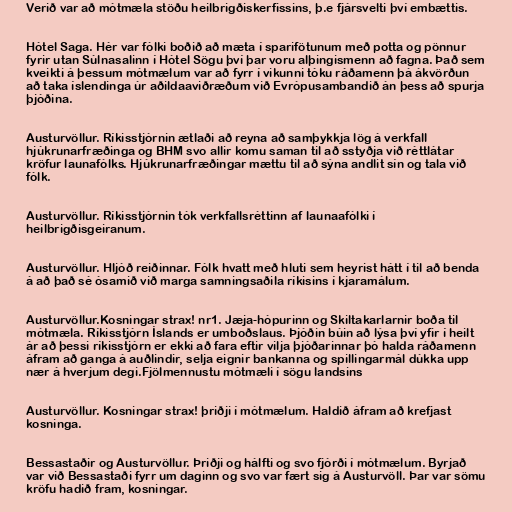
Verið var að mótmæla stöðu heilbrigðiskerfissins, þ.e fjársvelti því embættis.

Hótel Saga. Hér var fólki boðið að mæta í sparifötunum með potta og pönnur
fyrir utan Súlnasalinn í Hótel Sögu því þar voru alþingismenn að fagna. Það sem
kveikti á þessum mótmælum var að fyrr í vikunni tóku ráðamenn þá ákvörðun
að taka íslendinga úr aðildaaviðræðum við Evrópusambandið án þess að spurja
þjóðina.

Austurvöllur. Ríkisstjórnin ætlaði að reyna að samþykkja lög á verkfall
hjúkrunarfræðinga og BHM svo allir komu saman til að sstyðja við réttlátar
kröfur launafólks. Hjúkrunarfræðingar mættu til að sýna andlit sín og tala við
fólk.

Austurvöllur. Ríkisstjórnin tók verkfallsréttinn af launaafólki í
heilbrigðisgeiranum.

Austurvöllur. Hljóð reiðinnar. Fólk hvatt með hluti sem heyrist hátt í til að benda
á að það sé ósamið við marga samningsaðila ríkisins í kjaramálum.

Austurvöllur.Kosningar strax! nr1. Jæja-hópurinn og Skiltakarlarnir boða til
mótmæla. Ríkisstjórn Íslands er umboðslaus. Þjóðin búin að lýsa því yfir í heilt
ár að þessi ríkisstjórn er ekki að fara eftir vilja þjóðarinnar þó halda ráðamenn
áfram að ganga á auðlindir, selja eignir bankanna og spillingarmál dúkka upp
nær á hverjum degi.Fjölmennustu mótmæli í sögu landsins

Austurvöllur. Kosningar strax! þriðji í mótmælum. Haldið áfram að krefjast
kosninga.

Bessastaðir og Austurvöllur. Þriðji og hálfti og svo fjórði í mótmælum. Byrjað
var við Bessastaði fyrr um daginn og svo var fært sig á Austurvöll. Þar var sömu
kröfu hadið fram, kosningar.